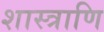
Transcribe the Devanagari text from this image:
शास्त्राणि